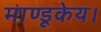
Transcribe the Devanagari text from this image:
माण्डूकेय।